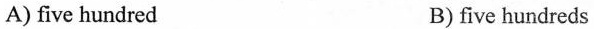
A) five hundred B) five hundreds